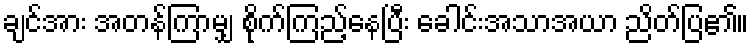
ချင်အား အတန်ကြာမျှ စိုက်ကြည့်နေပြီး ခေါင်းအသာအယာ ညိတ်ပြ၏။